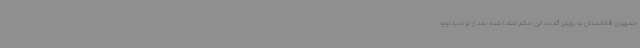
جمهوری افغانستان به رویترز گفت، این حکم امضا شده بعد از توصیه لویه